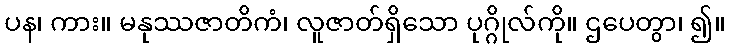
ပန၊ ကား။ မနုဿဇာတိကံ၊ လူဇာတ်ရှိသော ပုဂ္ဂိုလ်ကို။ ဌပေတွာ၊ ၍။